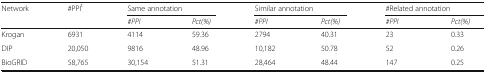
<table><thead><tr><td rowspan="2"><b>Network</b></td><td rowspan="2"><b>#PPI<sup>t</sup></b></td><td colspan="2"><b>Same annotation</b></td><td colspan="2"><b>Similar annotation</b></td><td colspan="2"><b>#Related annotation</b></td></tr><tr><td><b><i>#PPI</i></b></td><td><b><i>Pct(%)</i></b></td><td><b><i>#PPI</i></b></td><td><b><i>Pct(%)</i></b></td><td><b><i>#PPI</i></b></td><td><b><i>Pct(%)</i></b></td></tr></thead><tbody><tr><td>Krogan</td><td>6931</td><td>4114</td><td>59.36</td><td>2794</td><td>40.31</td><td>23</td><td>0.33</td></tr><tr><td>DIP</td><td>20,050</td><td>9816</td><td>48.96</td><td>10,182</td><td>50.78</td><td>52</td><td>0.26</td></tr><tr><td>BioGRID</td><td>58,765</td><td>30,154</td><td>51.31</td><td>28,464</td><td>48.44</td><td>147</td><td>0.25</td></tr></tbody></table>